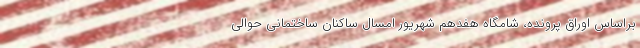
براساس اوراق پرونده، شامگاه هفدهم شهریور امسال ساکنان ساختمانی حوالی